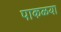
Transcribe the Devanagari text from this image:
पाकळया